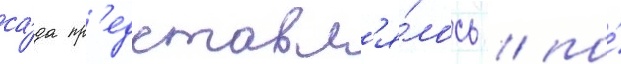
са́да пр'едставл'я́лось / по́